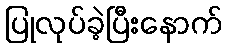
ပြုလုပ်ခဲ့ပြီးနောက်